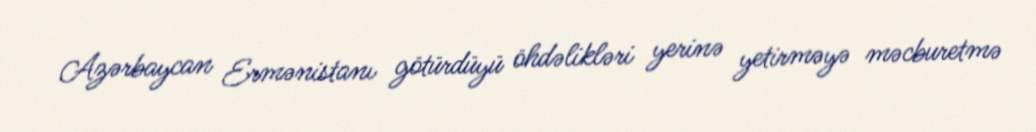
Azərbaycan Ermənistanı götürdüyü öhdəlikləri yerinə yetirməyə məcburetmə